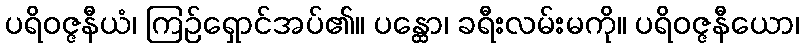
ပရိဝဇ္ဇနီယံ၊ ကြဉ်ရှောင်အပ်၏။ ပန္ထော၊ ခရီးလမ်းမကို။ ပရိဝဇ္ဇနီယော၊